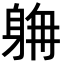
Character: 𨉄